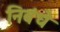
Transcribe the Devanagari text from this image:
निबंधे